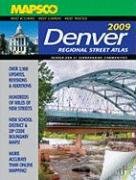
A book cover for Mapsco 2009 Denver Regional Street Atlas; Mapsco; Travel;